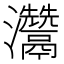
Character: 𤅬